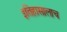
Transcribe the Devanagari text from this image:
इतिहासालाच